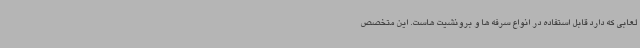
لعابی که دارد قابل استفاده در انواع سرفه ها و برونشیت هاست. این متخصص